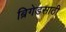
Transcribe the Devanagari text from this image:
ब्रिगेडसाठी